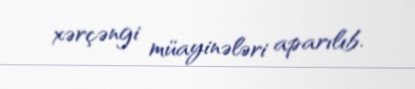
xərçəngi müayinələri aparılıb.